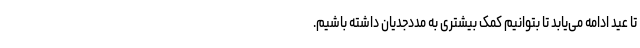
تا عید ادامه می‌یابد تا بتوانیم کمک بیشتری به مددجدیان داشته باشیم.